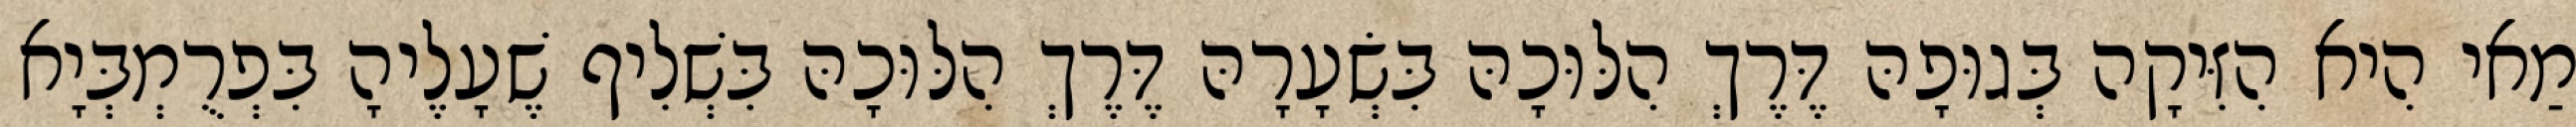
מַאי הִיא הִזִּיקָה בְּגוּפָהּ דֶּרֶךְ הִלּוּכָהּ בִּשְׂעָרָהּ דֶּרֶךְ הִלּוּכָהּ בִּשְׁלִיף שֶׁעָלֶיהָ בִּפְרֻמְבְּיָא